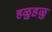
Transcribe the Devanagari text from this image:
हळुह़ळु